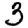
Digit: 3